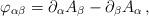
LaTeX: \begin{align*}\varphi_{\alpha\beta}=\partial_{\alpha}A_{\beta}-\partial_{\beta}A_{\alpha}\,,\end{align*}